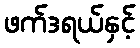
ဖက်ဒရယ်နှင့်